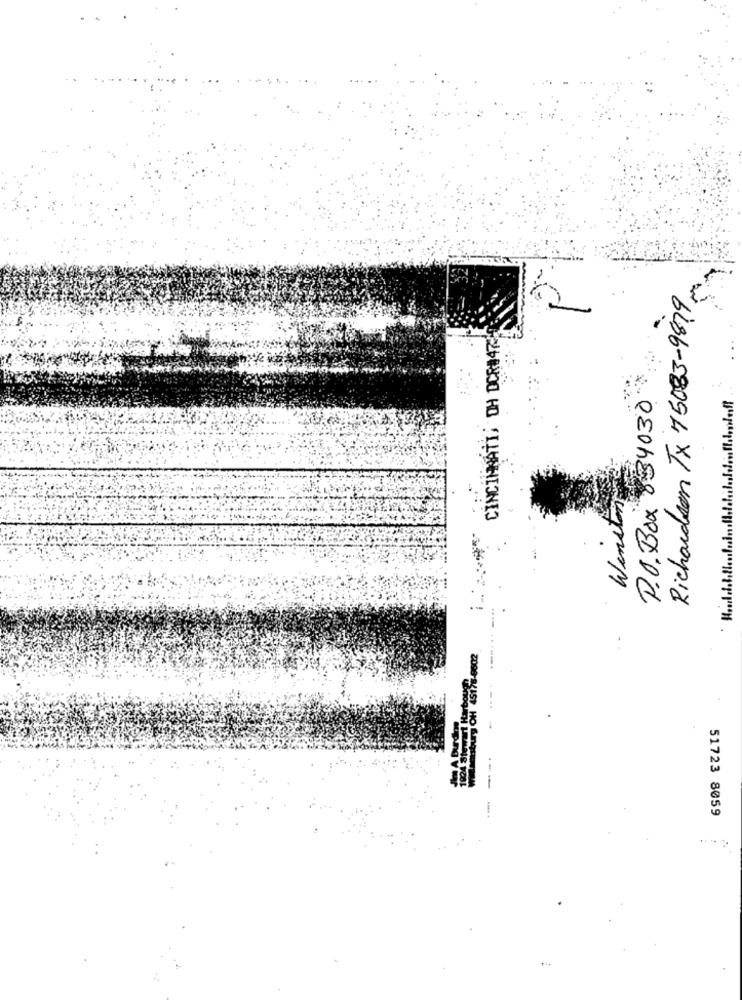
Richardson TX 75083-9879
CINCINNATI, OH DCR847
P.O.Box 834030
Winston
51723 8059